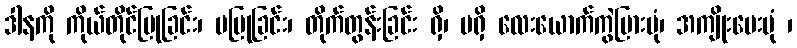
ဒါနကို ကိုယ်တိုင်ပြုခြင်း၊ မပြုခြင်း၊ တိုက်တွန်းခြင်း ရှိ၊ မရှိ လေးယောက်ကွဲပြားပုံ၊ အကျိုးပေးပုံ ၊